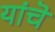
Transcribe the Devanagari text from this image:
यांचॆ